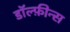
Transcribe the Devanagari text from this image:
डॉल्फ़ीन्स